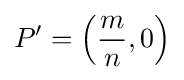
P'=\left({\frac {m}{n}},0\right)